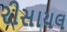
રીસાયલ